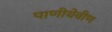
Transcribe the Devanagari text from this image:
पाणीयेवीण